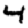
Digit: 4